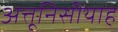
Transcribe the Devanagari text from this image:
अत्तूनिसीयाह